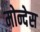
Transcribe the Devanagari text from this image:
मोन्देस